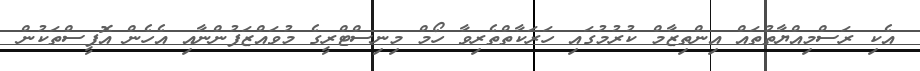
އެކި ރަސްމިއްޔާތުތައް އިންތިޒާމް ކުރުމުގައި ހަރަކާތްތެރިވާ ހޯމް މިނިސްޓްރީގެ މުވައްޒަފުންނާއި އެހެން އޮފީސްތަކުން